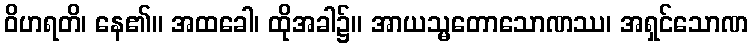
ဝိဟရတိ၊ နေ၏။ အထခေါ၊ ထိုအခါ၌။ အာယသ္မတောသောဏဿ၊ အရှင်သောဏ